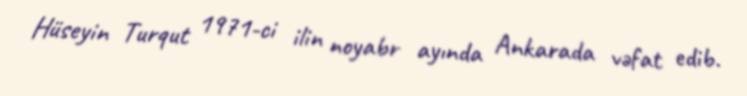
Hüseyin Turqut 1971-ci ilin noyabr ayında Ankarada vəfat edib.